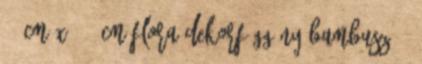
90 cm x 200 cm Flora dekorfüggöny bambusz 90